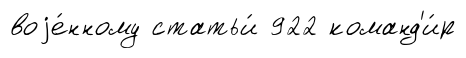
воjе́нному статьи́ 922 команд'и́р